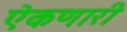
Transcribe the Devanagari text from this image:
ऐकणारी